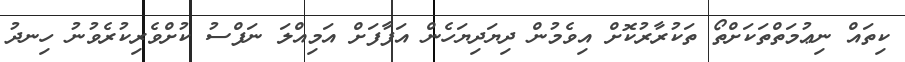
ކިތައް ނިޢުމަތްތަކަށްތޯ ތަކުރާރުކޮށް އިވެމުން ދިޔަދިޔަހެން އަފާފަށް އަމިއްލަ ނަފްސު ކުށްވެރިކުރެވުނު ހިނދު